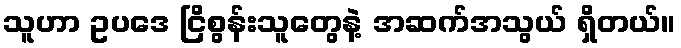
သူဟာ ဥပဒေ ငြိစွန်းသူတွေနဲ့ အဆက်အသွယ် ရှိတယ်။